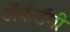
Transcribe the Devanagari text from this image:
अॅकॅडॅमी